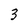
Character: 3